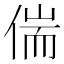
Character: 偳